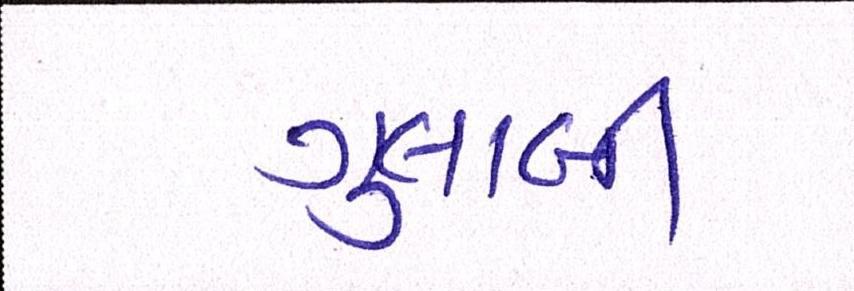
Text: ગુલાબી